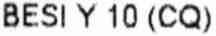
BESI Y 10 (CQ)